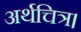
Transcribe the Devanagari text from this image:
अर्थचित्र।